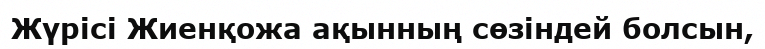
Жүрісі Жиенқожа ақынның сөзіндей болсын,